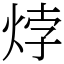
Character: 㶿